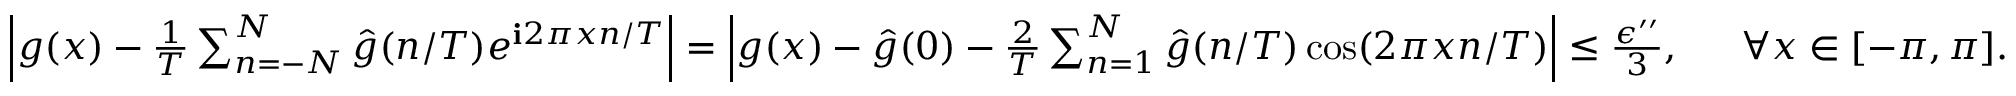
\begin{array} { r l } { \left| g ( x ) - \frac { 1 } { T } \sum _ { n = - N } ^ { N } \hat { g } ( n / T ) e ^ { \mathbf { i } 2 \pi x n / T } \right| = \left| g ( x ) - \hat { g } ( 0 ) - \frac { 2 } { T } \sum _ { n = 1 } ^ { N } \hat { g } ( n / T ) \cos ( 2 \pi x n / T ) \right| \le \frac { \epsilon ^ { \prime \prime } } { 3 } , ~ } & { ~ \forall x \in [ - \pi , \pi ] . } \end{array}